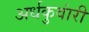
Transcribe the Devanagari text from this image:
अर्धकुवांरी